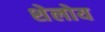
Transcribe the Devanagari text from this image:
शेलोय